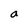
Character: a